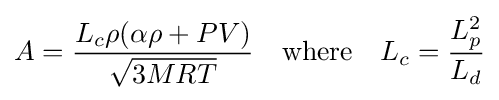
A={\frac {L_{c}\rho (\alpha \rho +PV)}{\sqrt {3MRT}}}\quad {\text{where}}\quad L_{c}={\frac {L_{p}^{2}}{L_{d}}}